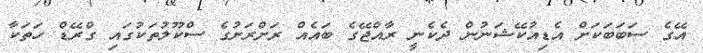
އޭގެ ސަބަބަކަށް އެޑިއުކޭޝަނުން ދެކެނީ ރާއްޖޭގެ ބައެއް ރަށްރަށުގެ ސްކޫލުތަކުގައި ގްރޭޑް ހަތަކާ